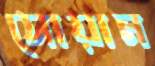
সোয়ান